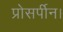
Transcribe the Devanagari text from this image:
प्रोसर्पीन।